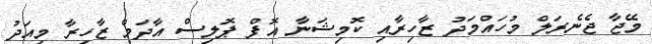
މޭޖާ ޖެނެރަލް މުހައްމަދު ޒާހިރާއި ކޮމިޝަނާ އޮފް ޕޮލިސް އާދަމް ޒާހިރާ މިއަދު